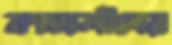
কাজলীদের